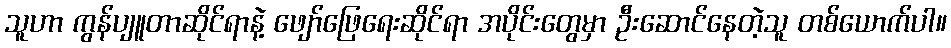
သူဟာ ကွန်ပျူတာဆိုင်ရာနဲ့ ဖျော်ဖြေရေးဆိုင်ရာ အပိုင်းတွေမှာ ဦးဆောင်နေတဲ့သူ တစ်ယောက်ပါ။